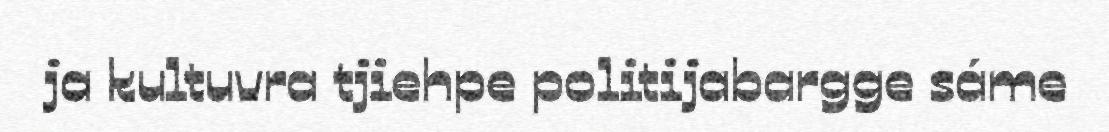
ja kultuvra tjiehpe politijabargge sáme